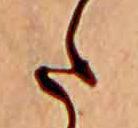
た